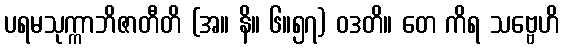
ပရမသုက္ကာဘိဇာတီတိ (အ။ နိ။ ၆။၅၇) ဝဒတိ။ တေ ကိရ သဗ္ဗေဟိ